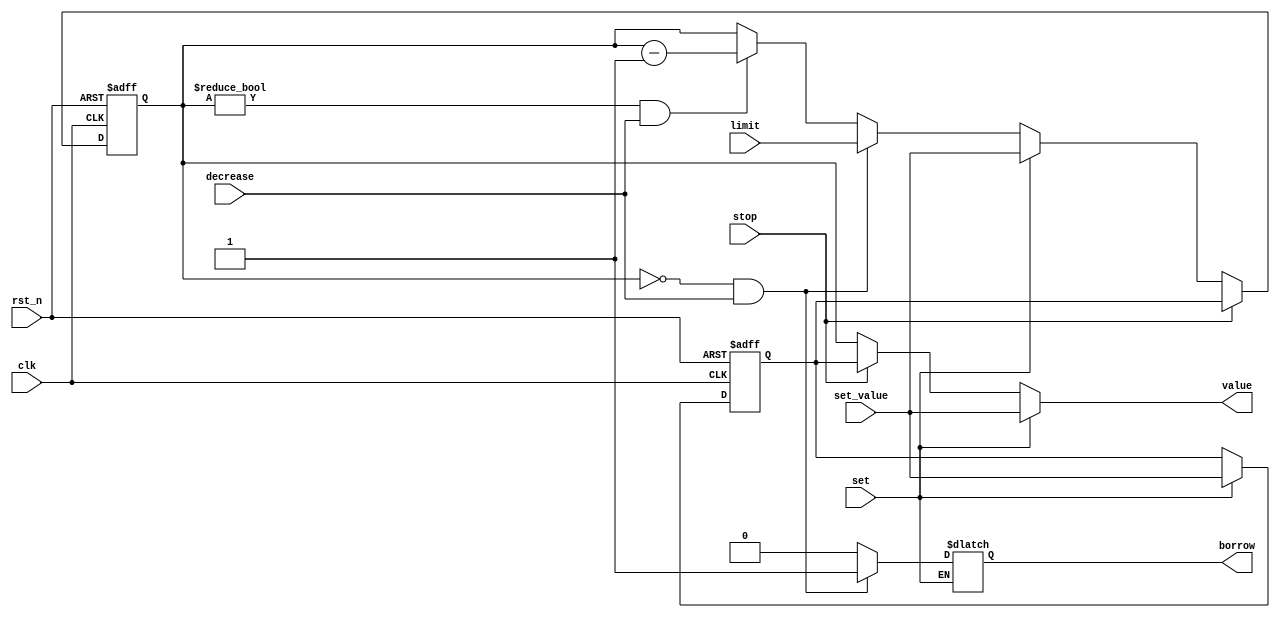
module DOWN(limit, clk, rst_n, decrease, borrow, set, value, stop, set_value);
    input [5:0]limit;
    input clk;
    input rst_n;
    input decrease;
    input set;
    input stop;
    input [5:0]set_value;
    output reg [5:0]value;
    output reg borrow;
    reg [5:0]LIMIT;
    reg [5:0]LIMIT_TEMP;
    reg [5:0]q;
    reg [5:0]q_temp;
    reg [5:0]in;
    
    always@*
        if (set) LIMIT_TEMP = set_value;
        else LIMIT_TEMP = LIMIT;
    always @(posedge clk or negedge rst_n)
        if (~rst_n) LIMIT <= 0; 
        else LIMIT = LIMIT_TEMP;
         
    always@*
        if (set) 
            q_temp = set_value;
        else begin
            if (q == 0 && decrease == 1) begin
                q_temp = limit;
                borrow = 1'b1;
            end
            else if (q != 0 && decrease == 1) begin
                q_temp = q - 1'b1;
                borrow = 1'b0;
            end
            else begin
                q_temp = q;
                borrow = 1'b0;
            end
        end

    always @(posedge clk or negedge rst_n)
        if (~rst_n) q <= 0;
        else if (stop) q <= LIMIT;
        else q <= q_temp;

    always@*
       if (set) value = set_value;
       else if (stop) value <= LIMIT;
       else value = q;
            
        
endmodule